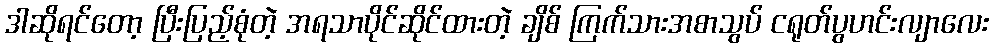
ဒါဆိုရင်တော့ ပြီးပြည့်စုံတဲ့ အရသာပိုင်ဆိုင်ထားတဲ့ ချိစ် ကြက်သားအစာသွပ် ငရုတ်ပွဟင်းလျာလေး